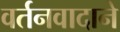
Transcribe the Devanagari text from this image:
वर्तनवादाने